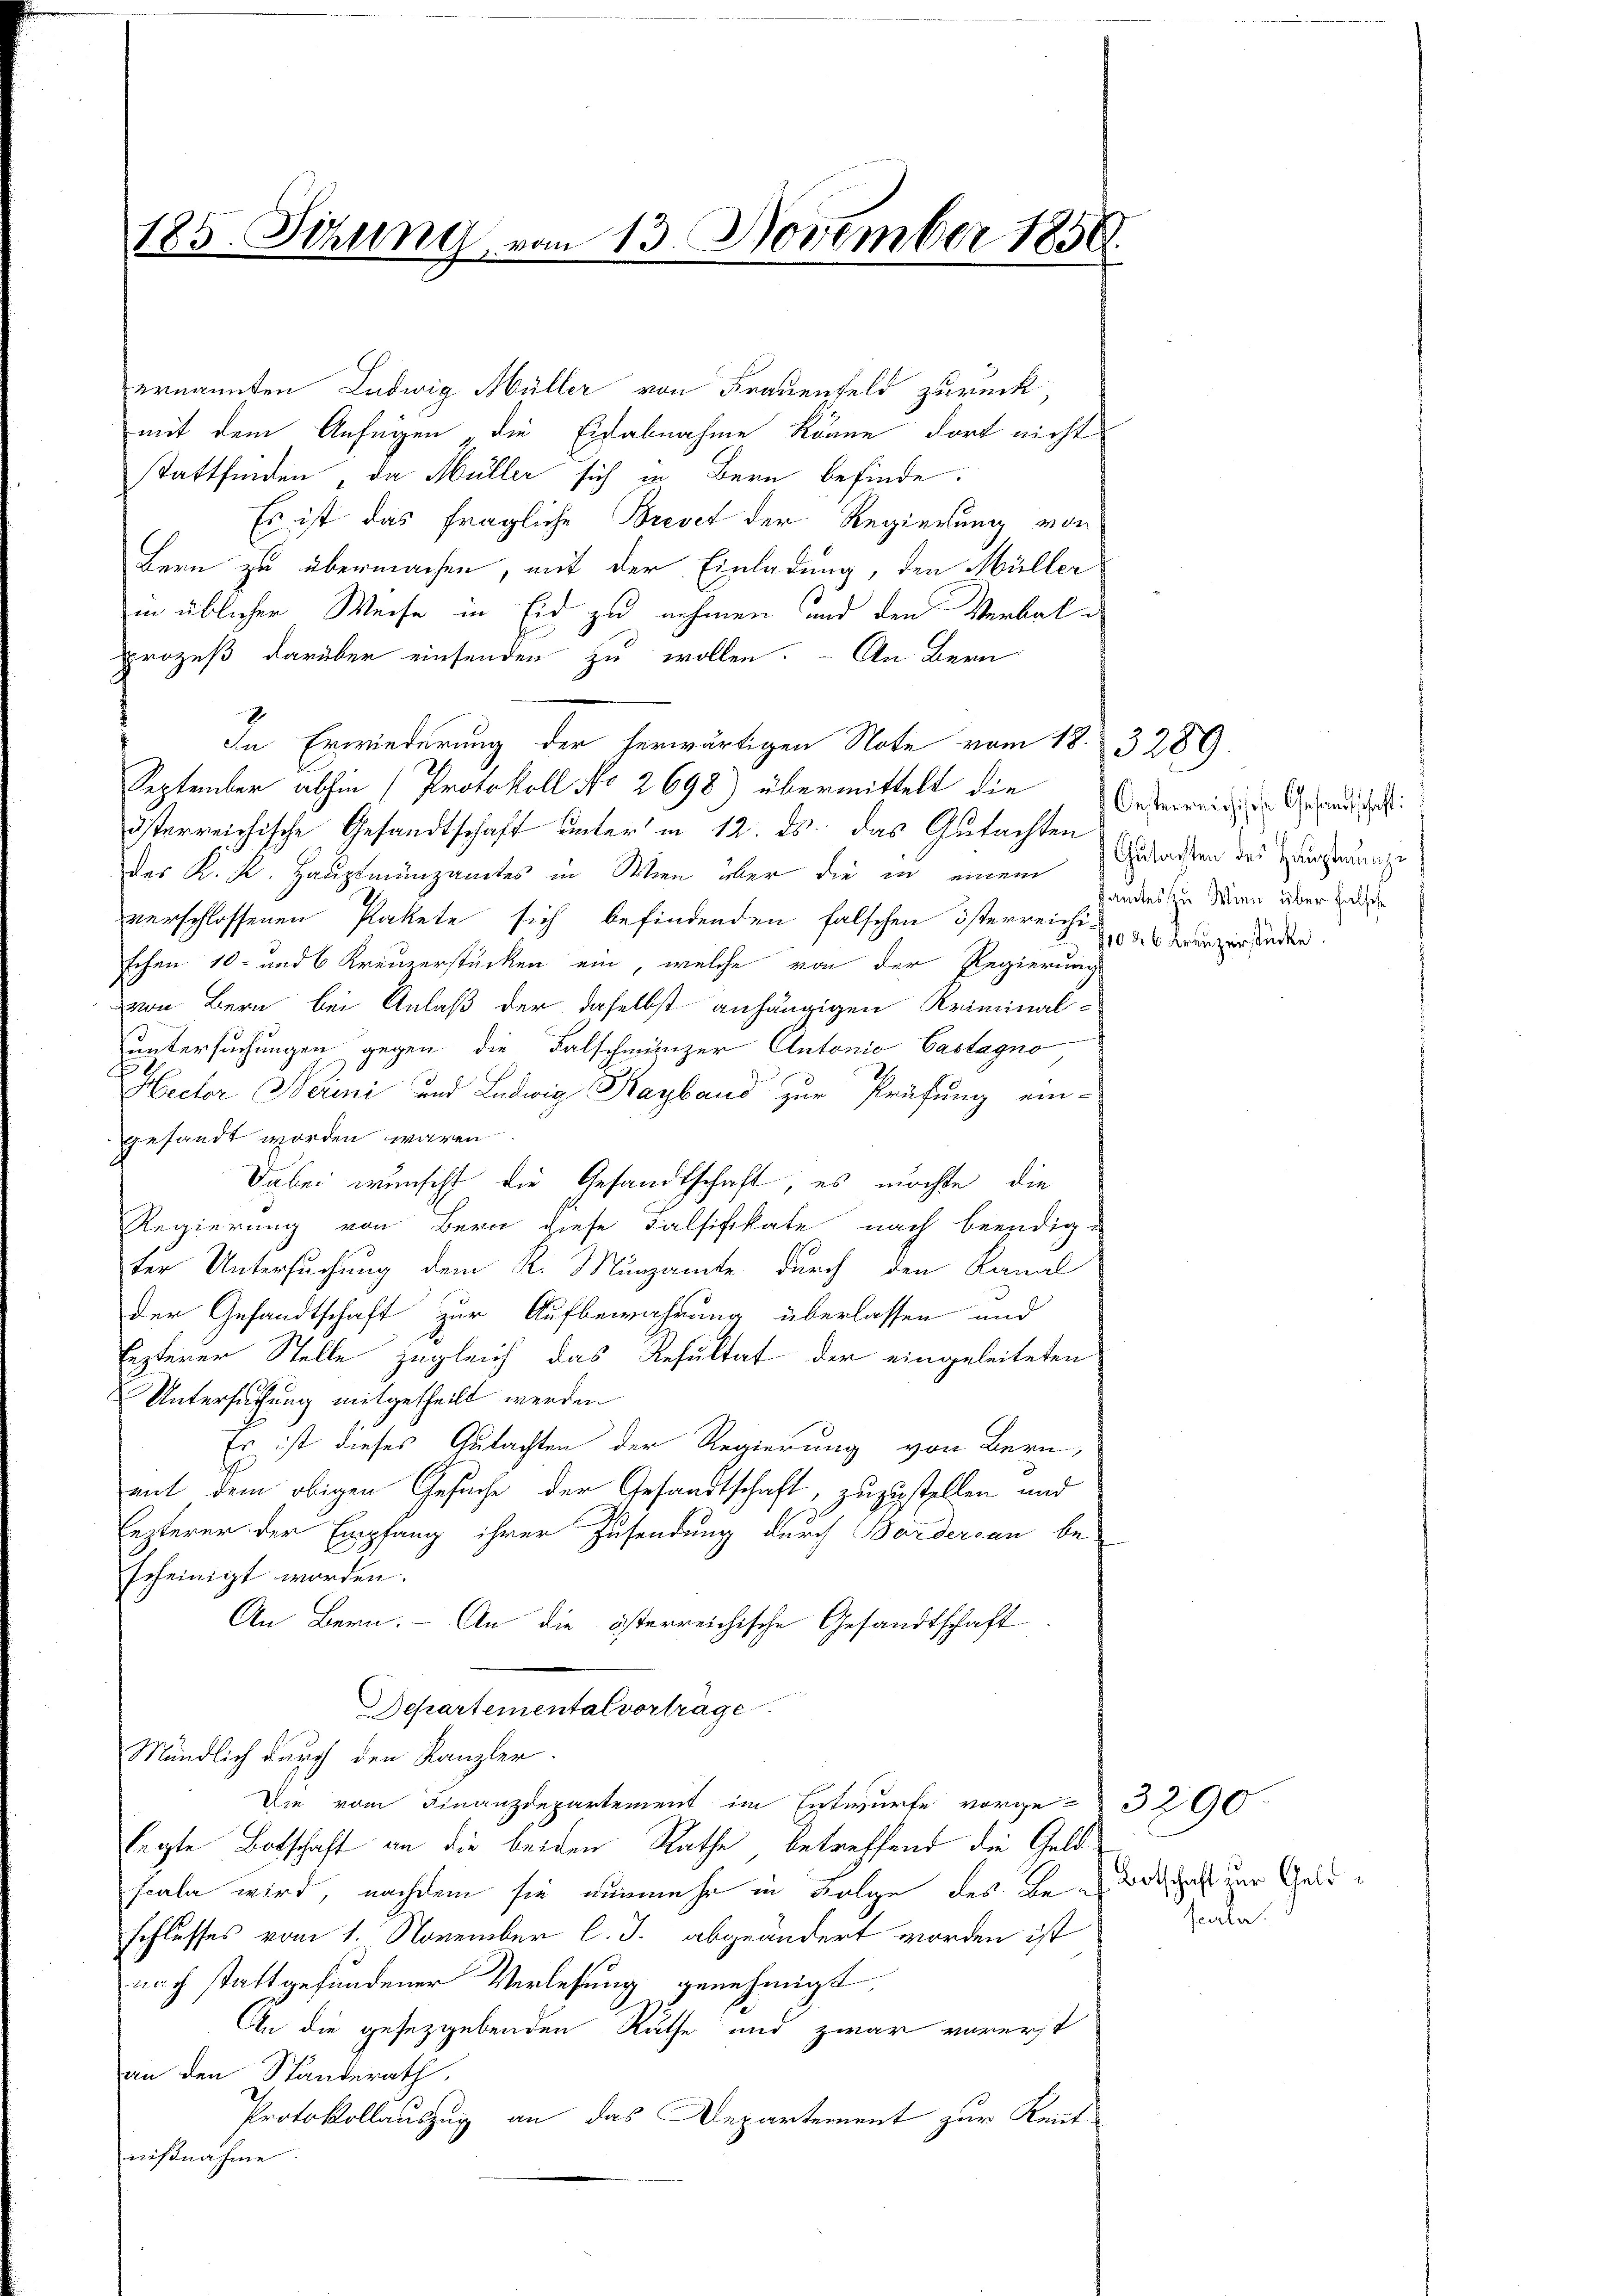
185. Sitzung vom 13. November 1858.

ernannten Ludwig Müller von Frauenfeld zurück,
mit dem Anfügen „die Eisabnahme könne dort nicht
stattfinden, da Müller sich in Bern befinde.
Es ist das fragliche Brevet der Regierung von
Bern zu übermachen, mit der Einladung, den Müller
in üblicher Weise in Eid zu nehmen und den Verbalprozeß darüber einsenden zu wollen. - An Bern
In Erwiederung der herwärtigen Note vom 18. 3289.
September abhin (Protokoll No 2698) übermittelt die
österreichische Gesandtschaft unter in 12. ds. das Gutachten
der K. R. Hauptmünzamtes in Wien über die in einem Zuwarten des Zuchtunge
verschlossenen Pakete sich befindenden falschen österreichi-
schen 10. und 6 Kreuzerstücken ein, welche von der Regierung
von Bern bei Anlaß der daselbst anhängigen Kriminaluntersuchungen gegen die Falschmänzer Antonio Castagno
Hecter Hermi und Ludwig Kaybaus zur Prüfung ein-
gesandt worden wären.
Dabei wünscht die Gesandtschaft, es möchte, die
Regierung von Bern diese Falsifikate nach beendig-
ter Untersuchung dem R. Münzamte durch den Kanal
der Gesandtschaft zur Aufbewahrung überlassen und
lezterer Stelle zugleich das Resultat der eingeleiteten
Untersatzung mitgetheilt werden
Er ist dieses Gutachten der Regierung von Bern,
mit dem obigen Gesuche der Gesandtschaft, zuzustellen und
lezterer der Empfang ihrer Zusendung durch Bordercan be-
scheinigt worden.
An Bern. An die österreichische Gesandtschaft
Departemental vortrage
Mündlich durch den Kanzler.
Die vom Finanzdepartement im Entwurfe vorge-3200.
Legte Botschaft an die beiden Rathe betreffend die Geld
scala wird, nachdem sie nunmehr in Folge des Beschlusses vom 1. November l. J. abgeändert worden ist
nach stattgefundener Verlesung genehmigt.
An die gesezgebenden Ruthe und zwar vorerst
an den Standerath,
Protokollauszug an das Departement zur Kant
nißnahme.

Oesterreichische Gesandtschaft:
samtes zu Wien über falsche
1026 Kreuzerstücke.

Botschaft zur Geld
sabe